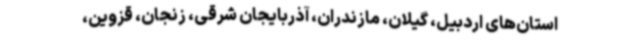
استان‌های اردبیل، گیلان، مازندران، آذربایجان شرقی، زنجان، قزوین،